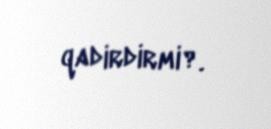
qadirdirmi?.